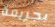
بجريمة